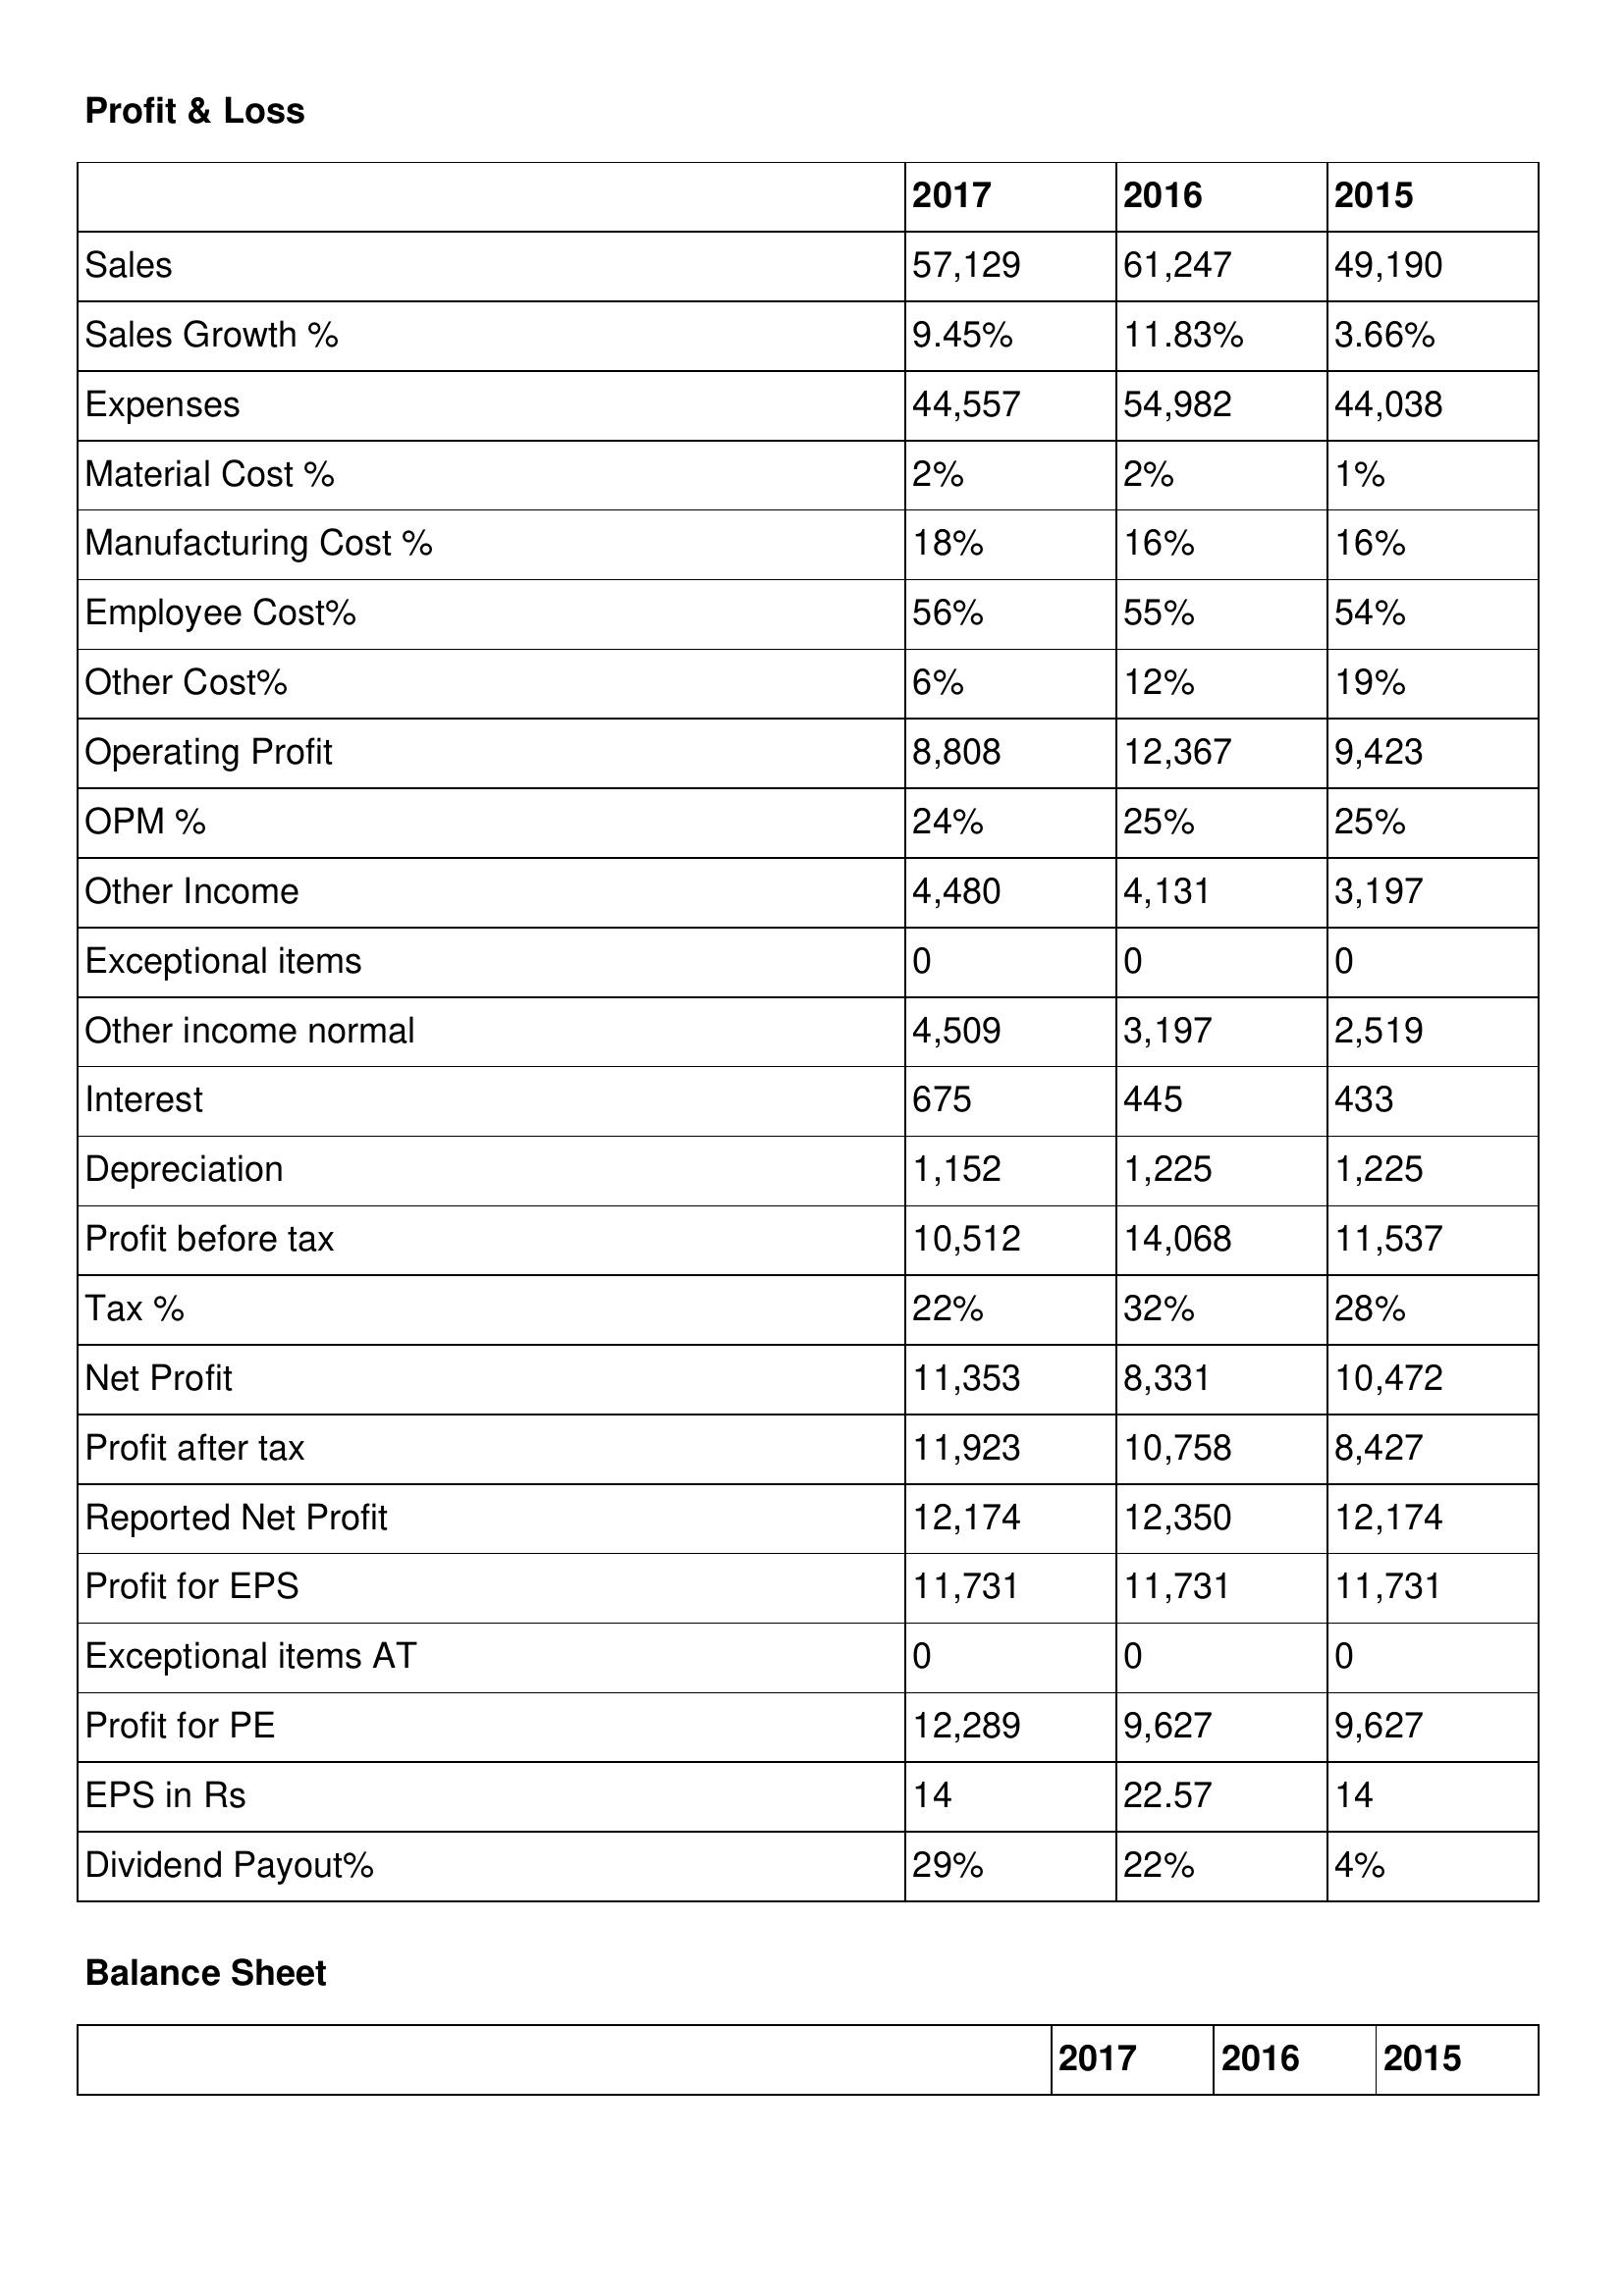
gt_parse: 2017: Profit & Loss: Sales: 57,129
Sales Growth %: 9.45%
Expenses: 44,557
Material Cost %: 2%
Manufacturing Cost %: 18%
Employee Cost%: 56%
Other Cost%: 6%
Operating Profit: 8,808
OPM %: 24%
Other Income: 4,480
Exceptional items: 0
Other income normal: 4,509
Interest: 675
Depreciation: 1,152
Profit before tax: 10,512
Tax %: 22%
Net Profit: 11,353
Profit after tax: 11,923
Reported Net Profit: 12,174
Profit for EPS: 11,731
Exceptional items AT: 0
Profit for PE: 12,289
EPS in Rs: 14
Dividend Payout%: 29%
2016: Profit & Loss: Sales: 61,247
Sales Growth %: 11.83%
Expenses: 54,982
Material Cost %: 2%
Manufacturing Cost %: 16%
Employee Cost%: 55%
Other Cost%: 12%
Operating Profit: 12,367
OPM %: 25%
Other Income: 4,131
Exceptional items: 0
Other income normal: 3,197
Interest: 445
Depreciation: 1,225
Profit before tax: 14,068
Tax %: 32%
Net Profit: 8,331
Profit after tax: 10,758
Reported Net Profit: 12,350
Profit for EPS: 11,731
Exceptional items AT: 0
Profit for PE: 9,627
EPS in Rs: 22.57
Dividend Payout%: 22%
2015: Profit & Loss: Sales: 49,190
Sales Growth %: 3.66%
Expenses: 44,038
Material Cost %: 1%
Manufacturing Cost %: 16%
Employee Cost%: 54%
Other Cost%: 19%
Operating Profit: 9,423
OPM %: 25%
Other Income: 3,197
Exceptional items: 0
Other income normal: 2,519
Interest: 433
Depreciation: 1,225
Profit before tax: 11,537
Tax %: 28%
Net Profit: 10,472
Profit after tax: 8,427
Reported Net Profit: 12,174
Profit for EPS: 11,731
Exceptional items AT: 0
Profit for PE: 9,627
EPS in Rs: 14
Dividend Payout%: 4%